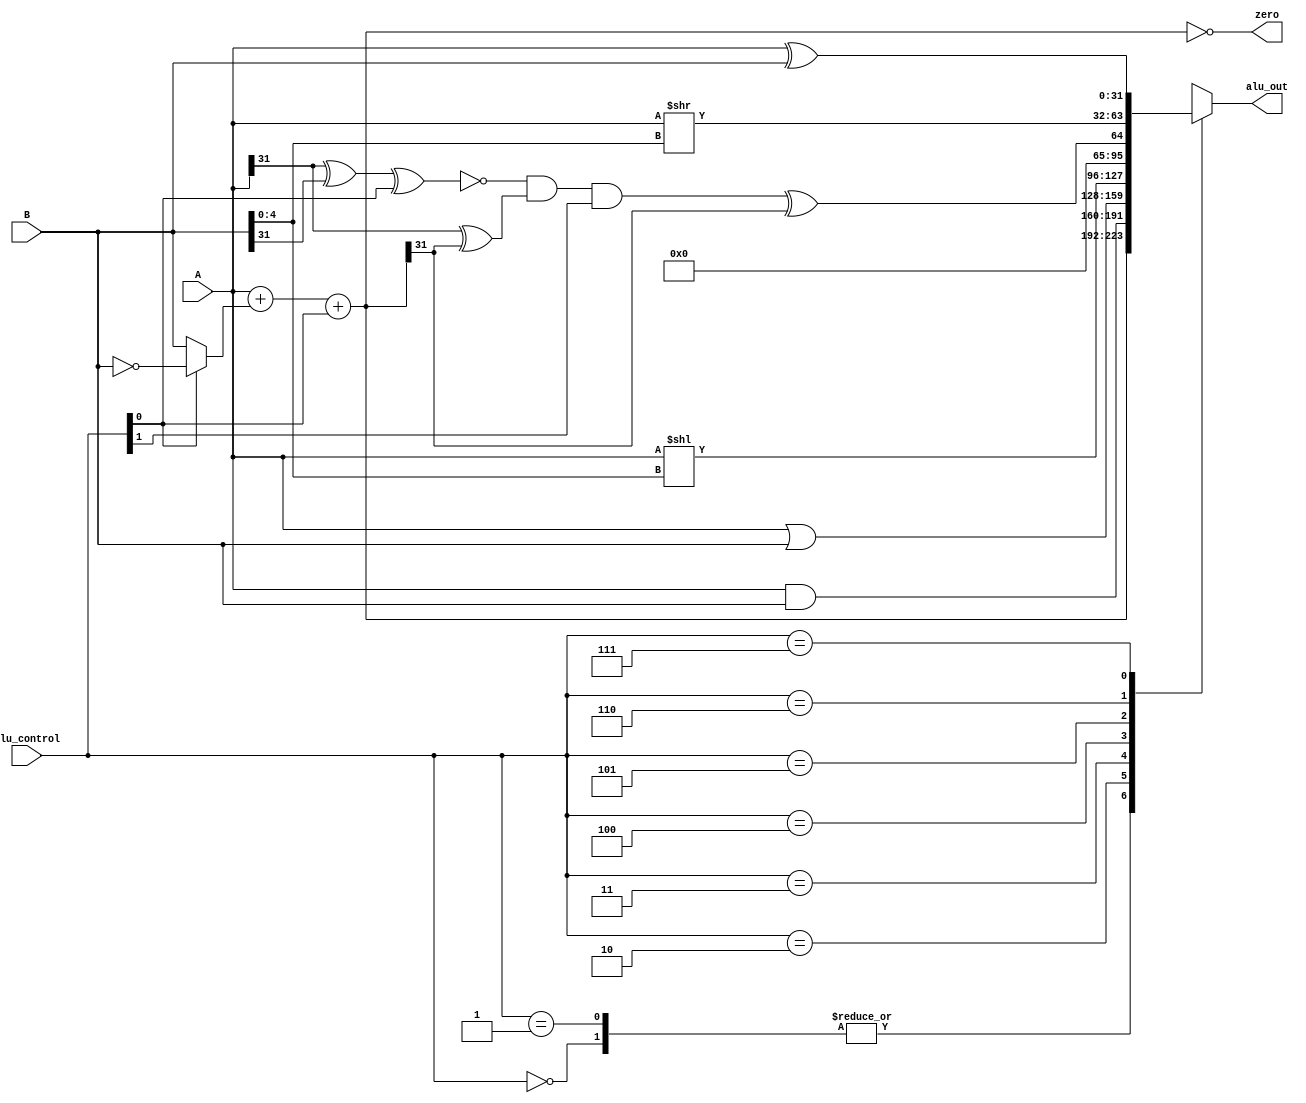
`timescale 1ns / 1ps
// ALU.v
// ALU
//          Juliana Pineda


module ALU(
    input [31:0] A,
    input [31:0] B,
    input [2:0] alu_control,

    output reg [31:0] alu_out,
    output zero
);

    // Add / Sub
    wire [31:0] B_sign;
    wire [31:0] sum;

    assign B_sign = alu_control[0] ? ~B : B;
    assign sum = A + B_sign + alu_control[0]; // ignore carry-out

    // Overflow
    wire xnor_overflow;
    wire xor_overflow;
    wire not_overflow;
    wire and_overflow;

    assign xnor_overflow = ~(A[31] ^ B[31] ^ alu_control[0]);
    assign xor_overflow = A[31] ^ sum[31];
    assign not_overflow = alu_control[1];

    assign and_overflow = xnor_overflow & xor_overflow & not_overflow;

    wire slt_out;
    assign slt_out = and_overflow ^ sum[31];

    // Zero flag
    assign zero = (sum == 0);

    always @(*)
    case (alu_control)
        3'b000: alu_out = sum; // Add
        3'b001: alu_out = sum; // Substract
        3'b010: alu_out = A & B; // AND
        3'b011: alu_out = A | B; // OR
        3'b100: alu_out = A << B[4:0]; // SLL
        3'b101: alu_out = {{31{1'b0}}, slt_out}; // SLT
        3'b110: alu_out = A >> B[4:0]; // SRL
        3'b111: alu_out = A ^ B; // XOR
        default: alu_out = 0;
    endcase

endmodule